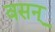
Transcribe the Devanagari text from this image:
वसन्